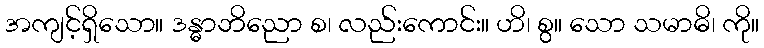
အကျင့်ရှိသော။ ဒန္ဓာဘိညော စ၊ လည်းကောင်း။ ဟိ၊ စွ။ သော သမာဓိ၊ ကို။